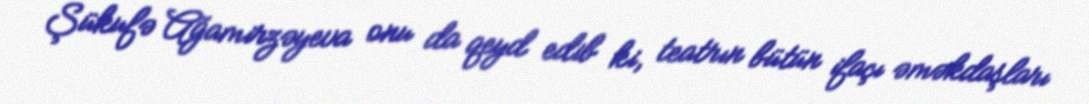
Şükufə Ağamirzəyeva onu da qeyd edib ki, teatrın bütün ifaçı əməkdaşları